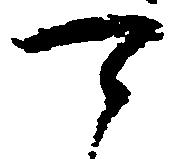
可